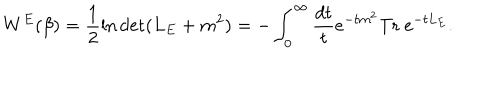
LaTeX: W ^ { E } ( \beta ) = \frac 1 2 \ln \det ( L _ { E } + m ^ { 2 } ) = - \int _ { 0 } ^ { \infty } { \frac { d t } { t } } e ^ { - t m ^ { 2 } } \mathrm { T r } ~ e ^ { - t L _ { E } } .